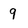
Character: 9